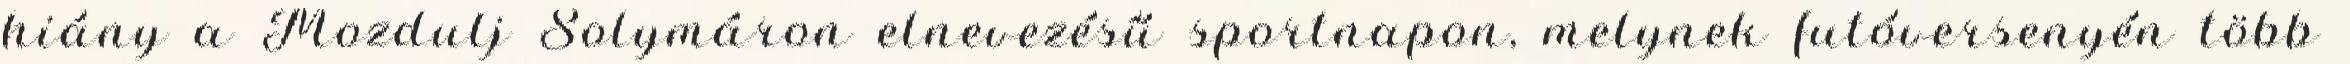
hiány a Mozdulj Solymáron elnevezésű sportnapon, melynek futóversenyén több